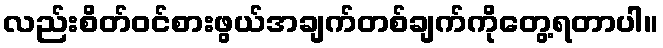
လည်းစိတ်ဝင်စားဖွယ်အချက်တစ်ချက်ကိုတွေ့ရတာပါ။